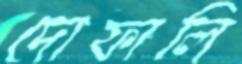
দোফালি